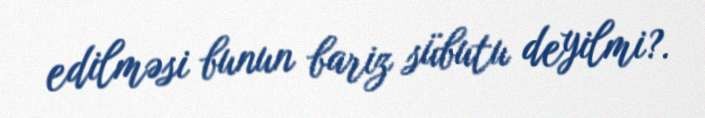
edilməsi bunun bariz sübutu deyilmi?.